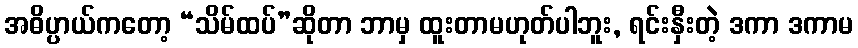
အဓိပ္ပာယ်ကတော့ “သိမ်ထပ်”ဆိုတာ ဘာမှ ထူးတာမဟုတ်ပါဘူး, ရင်းနှီးတဲ့ ဒကာ ဒကာမ